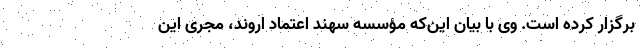
برگزار کرده است. وی با بیان این‌که مؤسسه سهند اعتماد اروند، مجری این